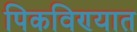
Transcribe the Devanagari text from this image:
पिकविण्यात